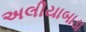
અલીયાબાડા